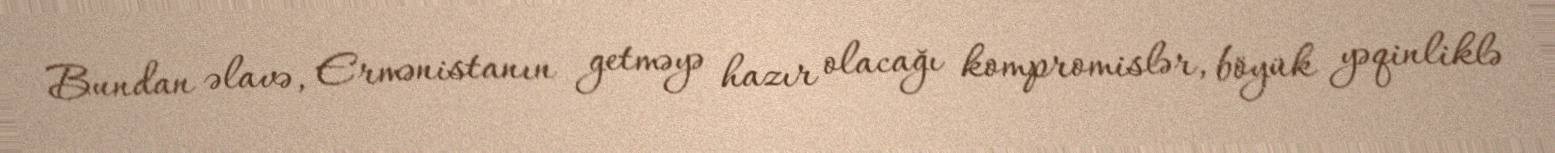
Bundan əlavə, Ermənistanın getməyə hazır olacağı kompromislər, böyük yəqinliklə